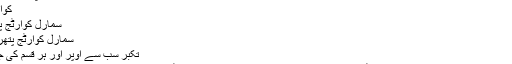
SS5202-پائن نٹ زرد
کوارٹج پتھر نمونہ
سمارل کوارٹج پتھر کارکردگی
سمارل کوارٹج پتھر کی درخواست
تکبر سب سے اوپر اور ہر قسم کی جگہ والا پِیلاشاہ
پلانٹ کی پیداوار تین بین الاقوامی اعلی خودکار کوارٹج پتھر پیداوار لائنوں کے ساتھ 20000 مربع میٹر کے رقبے پر محیط ہے، ایک منفرد تکنیکی فارمولا ہے ۔